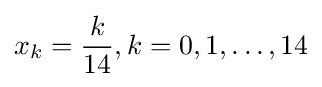
x_{k}={\frac {k}{14}},k=0,1,\dots ,14